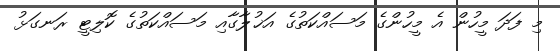
މި ފަދަ މީހުން އެ މީހުންގެ މަސައްކަތުގެ އަޚުލާގާއި މަސައްކަތުގެ ކޮލިޓީ ރަނގަޅު